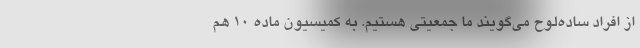
از افراد ساده‌لوح می‌گویند ما جمعیتی هستیم. به کمیسیون ماده ۱۰ هم